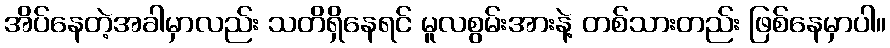
အိပ်နေတဲ့အခါမှာလည်း သတိရှိနေရင် မူလစွမ်းအားနဲ့ တစ်သားတည်း ဖြစ်နေမှာပါ။